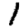
Digit: 1